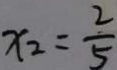
x _ { 2 } = \frac { 2 } { 5 }